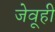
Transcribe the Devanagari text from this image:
जेवूही